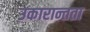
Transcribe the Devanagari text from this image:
उकारान्तता